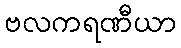
ဗလကရဏီယာ